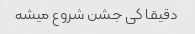
دقیقا کی جشن شروع میشه